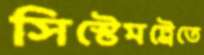
সিস্টেমট্রেতে